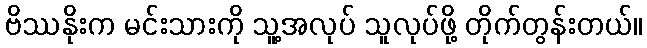
ဗိဿနိုးက မင်းသားကို သူ့အလုပ် သူလုပ်ဖို့ တိုက်တွန်းတယ်။